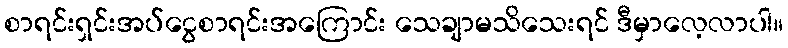
စာရင်းရှင်းအပ်ငွေစာရင်းအကြောင်း သေချာမသိသေးရင် ဒီမှာလေ့လာပါ။